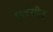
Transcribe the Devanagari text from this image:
एजेंसीज़